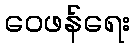
ဝေဖန်ရေး